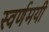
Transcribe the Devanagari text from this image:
स्‍वर्णमयी